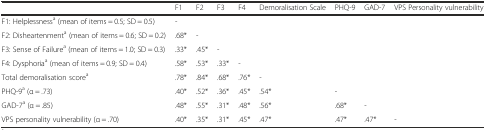
<table><thead><tr><td></td><td><b>F1</b></td><td><b>F2</b></td><td><b>F3</b></td><td><b>F4</b></td><td><b>Demoralisation Scale</b></td><td><b>PHQ-9</b></td><td><b>GAD-7</b></td><td><b>VPS Personality vulnerability</b></td></tr></thead><tbody><tr><td>F1: Helplessness<sup>a</sup> (mean of items = 0.5; SD = 0.5)</td><td>-</td><td></td><td></td><td></td><td></td><td></td><td></td><td></td></tr><tr><td>F2: Disheartenment<sup>a</sup> (mean of items = 0.6; SD = 0.2)</td><td>.68*</td><td>-</td><td></td><td></td><td></td><td></td><td></td><td></td></tr><tr><td>F3: Sense of Failure<sup>a</sup> (mean of items = 1.0; SD = 0.3)</td><td>.33*</td><td>.45*</td><td>-</td><td></td><td></td><td></td><td></td><td></td></tr><tr><td>F4: Dysphoria<sup>a</sup> (mean of items = 0.9; SD = 0.4)</td><td>.58*</td><td>.53*</td><td>.33*</td><td>-</td><td></td><td></td><td></td><td></td></tr><tr><td>Total demoralisation score<sup>a</sup></td><td>.78*</td><td>.84*</td><td>.68*</td><td>.76*</td><td>-</td><td></td><td></td><td></td></tr><tr><td>PHQ-9<sup>a</sup> (α = .73)</td><td>.40*</td><td>.52*</td><td>.36*</td><td>.45*</td><td>.54*</td><td>-</td><td></td><td></td></tr><tr><td>GAD-7<sup>a</sup> (α = .85)</td><td>.48*</td><td>.55*</td><td>.31*</td><td>.48*</td><td>.56*</td><td>.68*</td><td>-</td><td></td></tr><tr><td>VPS personality vulnerability (α = .70)</td><td>.40*</td><td>.35*</td><td>.31*</td><td>.45*</td><td>.47*</td><td>.47*</td><td>.47*</td><td>-</td></tr></tbody></table>